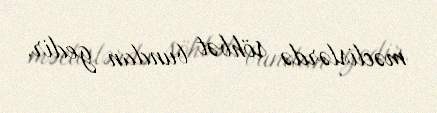
məclislərdə söhbət bundan gedir.